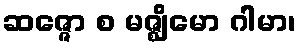
ဆဇ္ဇော စ မဇ္ဈိမော ဂါမာ၊